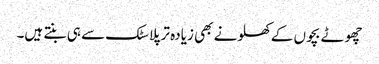
چھوٹے بچوں کے کھلونے بھی زیادہ تر پلاسٹک سے ہی بنتے ہیں۔